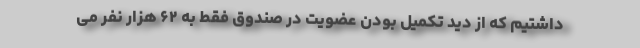
داشتیم که از دید تکمیل بودن عضویت در صندوق فقط به ۶۲ هزار نفر می‌